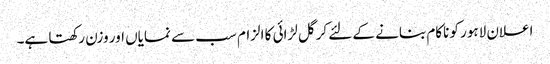
اعلان لاہور کو ناکام بنانے کے لئے کرگل لڑائی کا الزام سب سے نمایاں اور وزن رکھتا ہے۔